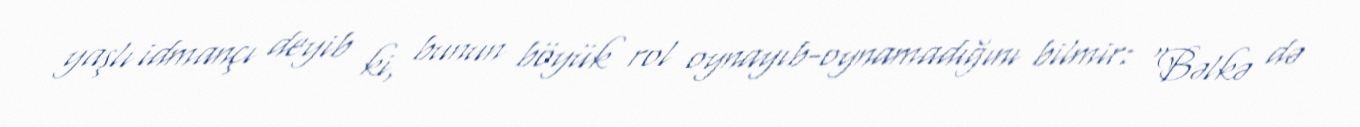
yaşlı idmançı deyib ki, bunun böyük rol oynayıb-oynamadığını bilmir: "Bəlkə də